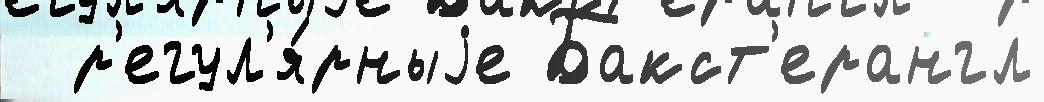
  р'егул'я́рныjе Бакст'ерангл